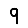
Digit: 9